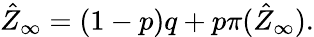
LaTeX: \hat{Z}_{\infty}=(1-p)q+p\pi(\hat{Z}_{\infty}).